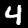
Digit: 4